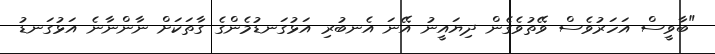
"ބާވީސް އަހަރުވެސް ވޭތުވެގެން ދިޔައީނު އޭނަ އެނބުރި އަޅުގަނޑުމެންގެ ގާތަކަށް ނާންނާނެ އަޅުގަނޑު